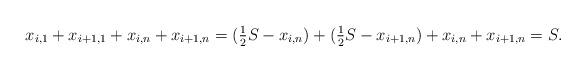
LaTeX: \begin{align*} x_{i,1} + x_{i+1,1} + x_{i,n} + x_{i+1,n} = (\tfrac{1}{2} S - x_{i,n}) + (\tfrac{1}{2} S - x_{i+1,n}) + x_{i,n} + x_{i+1,n} =S.\end{align*}